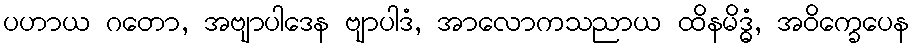
ပဟာယ ဂတော, အဗျာပါဒေန ဗျာပါဒံ, အာလောကသညာယ ထိနမိဒ္ဓံ, အဝိက္ခေပေန